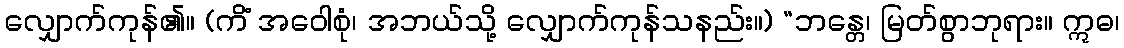
လျှောက်ကုန်၏။ (ကိံ အဝေါစုံ၊ အဘယ်သို့ လျှောက်ကုန်သနည်း။) “ဘန္တေ၊ မြတ်စွာဘုရား။ ဣဓ၊